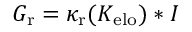
G _ { \mathrm { r } } = \kappa _ { \mathrm { r } } ( K _ { \mathrm { e l o } } ) * I